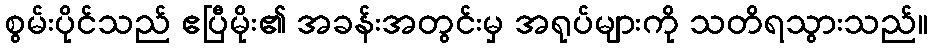
စွမ်းပိုင်သည် ဧပြီမိုး၏ အခန်းအတွင်းမှ အရုပ်များကို သတိရသွားသည်။